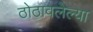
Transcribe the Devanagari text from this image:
ठोठावलेल्या